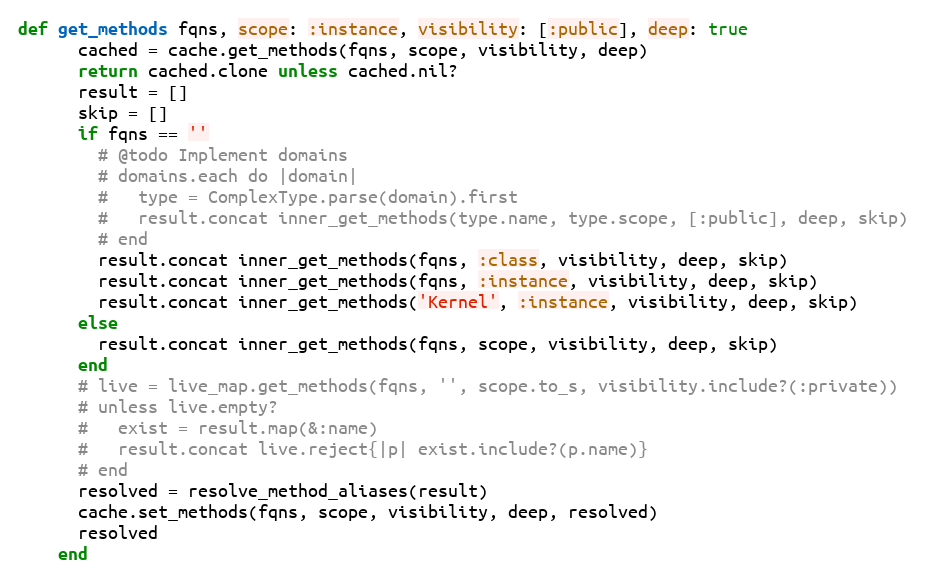
Language: Ruby
def get_methods fqns, scope: :instance, visibility: [:public], deep: true
      cached = cache.get_methods(fqns, scope, visibility, deep)
      return cached.clone unless cached.nil?
      result = []
      skip = []
      if fqns == ''
        # @todo Implement domains
        # domains.each do |domain|
        #   type = ComplexType.parse(domain).first
        #   result.concat inner_get_methods(type.name, type.scope, [:public], deep, skip)
        # end
        result.concat inner_get_methods(fqns, :class, visibility, deep, skip)
        result.concat inner_get_methods(fqns, :instance, visibility, deep, skip)
        result.concat inner_get_methods('Kernel', :instance, visibility, deep, skip)
      else
        result.concat inner_get_methods(fqns, scope, visibility, deep, skip)
      end
      # live = live_map.get_methods(fqns, '', scope.to_s, visibility.include?(:private))
      # unless live.empty?
      #   exist = result.map(&:name)
      #   result.concat live.reject{|p| exist.include?(p.name)}
      # end
      resolved = resolve_method_aliases(result)
      cache.set_methods(fqns, scope, visibility, deep, resolved)
      resolved
    end